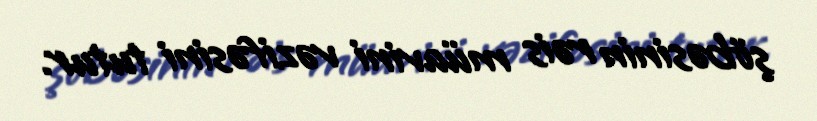
şöbəsinin rəis müavini vəzifəsini tutur.